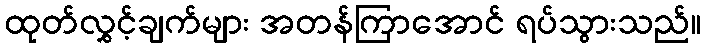
ထုတ်လွှင့်ချက်များ အတန်ကြာအောင် ရပ်သွားသည်။